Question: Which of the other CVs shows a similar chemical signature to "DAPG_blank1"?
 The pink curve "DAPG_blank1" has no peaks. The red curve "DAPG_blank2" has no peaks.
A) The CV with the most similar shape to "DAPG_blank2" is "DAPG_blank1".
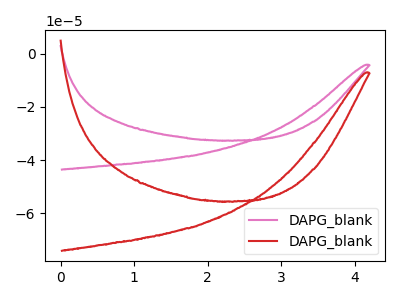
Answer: <think>Neither "DAPG_blank1" or "DAPG_blank2" have any peaks.
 </think>
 <answer>A) The CV with the most similar shape to "DAPG_blank2" is "DAPG_blank1".</answer>
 <eval>A</eval>